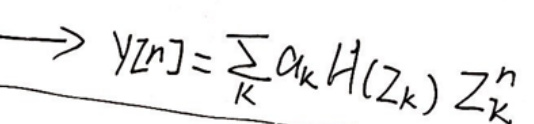
\[
\rightarrow y[n]=\sum_{k} \alpha_{k} H\left(z_{k}\right) z_{k}^{n}
\]